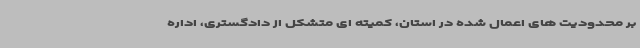
بر محدودیت های اعمال شده در استان، کمیته ای متشکل از دادگستری، اداره